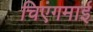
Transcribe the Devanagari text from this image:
चिएंगमाई